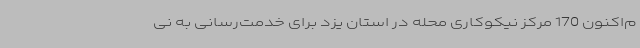
م‌اکنون 170 مرکز نیکوکاری محله در استان یزد برای خدمت‌رسانی به نی